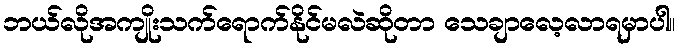
ဘယ်လိုအကျိုးသက်ရောက်နိုင်မလဲဆိုတာ သေချာလေ့လာရမှာပါ။